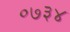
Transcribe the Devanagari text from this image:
०७३४